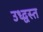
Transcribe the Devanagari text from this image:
उध्द्वस्त